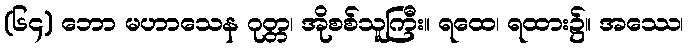
(၆၄) ဘော မဟာသေန ဂုတ္တ၊ အိုစစ်သူကြီး။ ရထေ၊ ရထား၌။ အဿေ၊